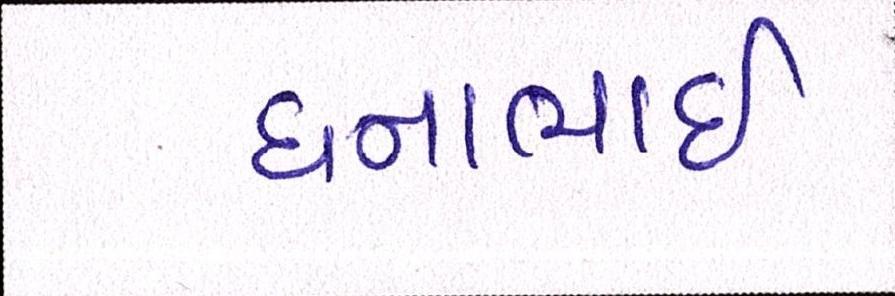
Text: ધનાભાઇ